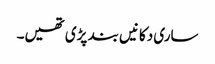
ساری دکانیں بند پڑی تھیں۔